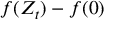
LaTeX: f ( Z _ { t } ) - f ( 0 )